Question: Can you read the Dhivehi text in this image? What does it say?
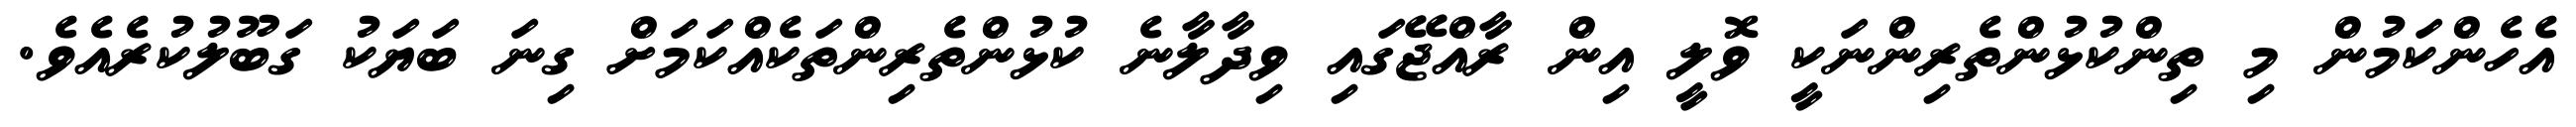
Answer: އެހެންކަމުން މި ތިންކުޅުންތެރިންނަކީ ވޮލީ އިން ރާއްޖޭގައި ވިދާލާނެ ކުޅުންތެރިންތަކެއްކަމަށް ގިނަ ބަޔަކު ގަބޫލުކުރެއެވެ.